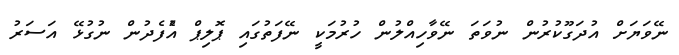
ނޭވަޔަށް އުދަގޫކުރުން ނުވަތަ ނޭވާހިއްލުން ހުރުމަކީ ނޭފަތުގައި ޕޮލިޕް އުެފެދުން ނުގުޅޭ އަސަރު